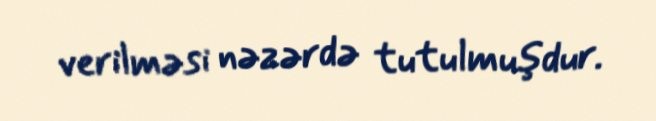
verilməsi nəzərdə tutulmuşdur.